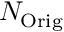
N _ { \mathrm { O r i g } }